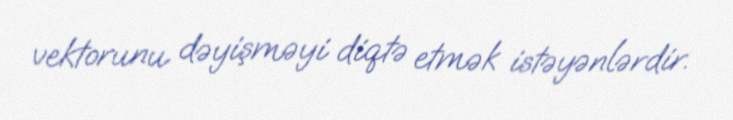
vektorunu dəyişməyi diqtə etmək istəyənlərdir.